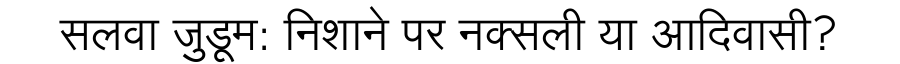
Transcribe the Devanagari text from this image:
सलवा जुडूम: निशाने पर नक्सली या आदिवासी?